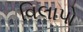
વિલાપો